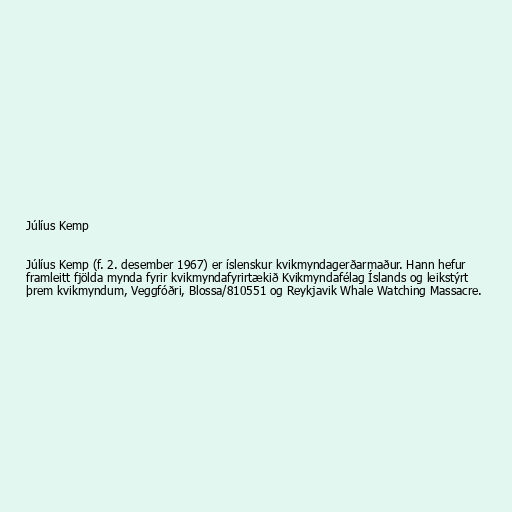
Júlíus Kemp

Júlíus Kemp (f. 2. desember 1967) er íslenskur kvikmyndagerðarmaður. Hann hefur
framleitt fjölda mynda fyrir kvikmyndafyrirtækið Kvikmyndafélag Íslands og leikstýrt
þrem kvikmyndum, Veggfóðri, Blossa/810551 og Reykjavik Whale Watching Massacre.